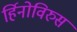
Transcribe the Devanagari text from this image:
र्हिनोविरुस